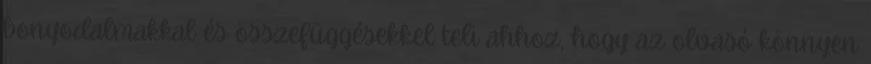
bonyodalmakkal és összefüggésekkel teli ahhoz, hogy az olvasó könnyen